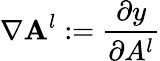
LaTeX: \nabla\mathbf{A}^{l}:=\frac{\partial y}{\partial A^{l}}